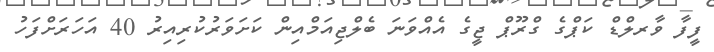
ފީފާ ވާރލްޑް ކަޕްގެ ގްރޫޕް ޖީގެ އެއްވަނަ ބެލްޖިއަމްއިން ކަށަވަރުކުރިއިރު 40 އަހަރަށްފަހު